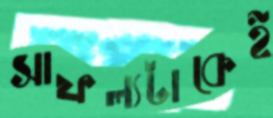
সাফল্যটাকেই